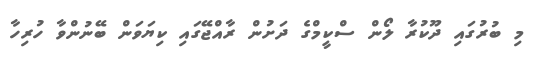
މި ބުރުގައި ދޫކުރާ ލޯން ސްކީމްގެ ދަށުން ރާއްޖޭގައި ކިޔަވަން ބޭނުންވާ ހުރިހާ